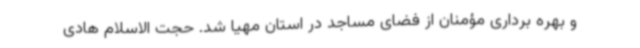
و بهره برداری مؤمنان از فضای مساجد در استان مهیا شد. حجت الاسلام هادی